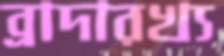
ব্রাদারখ্য